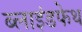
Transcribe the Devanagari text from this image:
ब्लाइंडफेथ